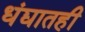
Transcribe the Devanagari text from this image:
धंद्यातही